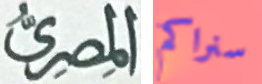
المصرى سنراكم